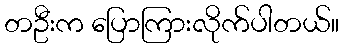
တဦးက ပြောကြားလိုက်ပါတယ်။